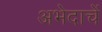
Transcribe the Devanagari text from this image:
अभेदाचें